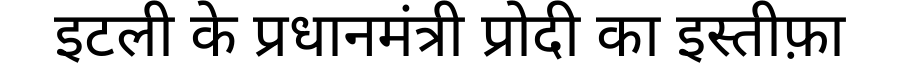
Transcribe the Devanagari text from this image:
इटली के प्रधानमंत्री प्रोदी का इस्तीफ़ा